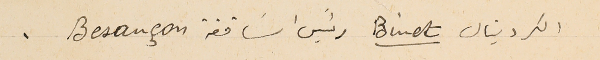
الكردينال Binet رئيسَ اسَاقفة Besançon.